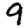
Digit: 9